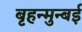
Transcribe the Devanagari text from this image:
बृहन्मुन्बई